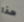
هذا